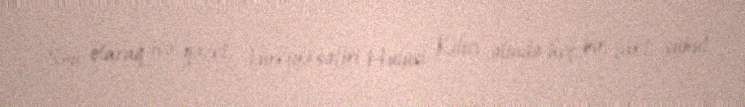
Son olaraq isə qəzet, Türkiyə səfiri Hulusi Kılıcı əlində heç bir fakt, sübut